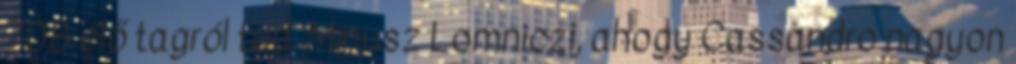
708 élő tagról tud. Mínusz Lomniczi, ahogy Cassandro nagyon